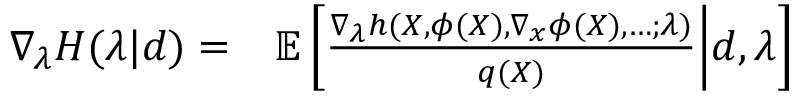
\begin{array} { r l } { \nabla _ { \lambda } H ( \lambda | d ) = } & { { } \mathbb { E } \left[ \frac { \nabla _ { \lambda } h ( X , \phi ( X ) , \nabla _ { x } \phi ( X ) , \dots ; \lambda ) } { q ( X ) } \middle | d , \lambda \right] } \end{array}